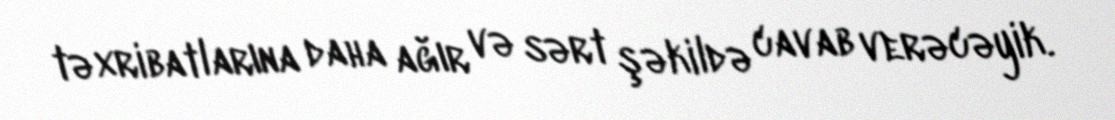
təxribatlarına daha ağır və sərt şəkildə cavab verəcəyik.